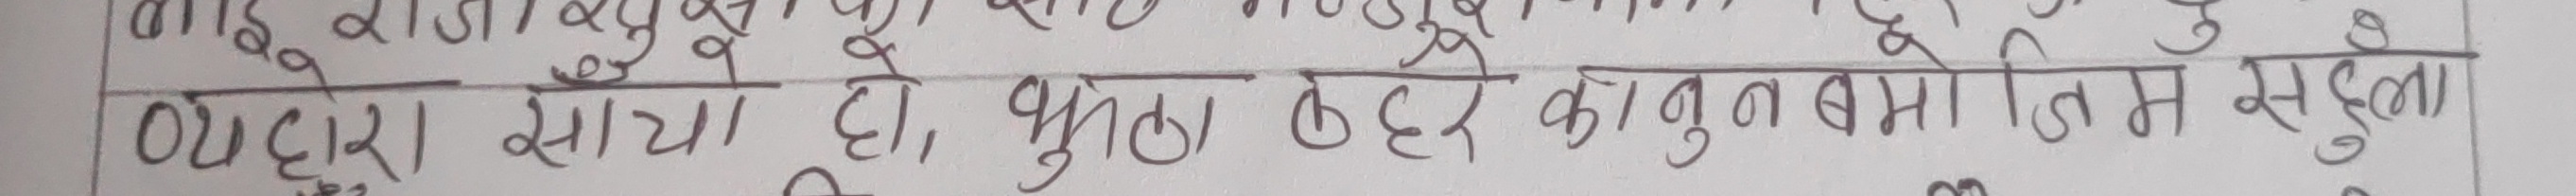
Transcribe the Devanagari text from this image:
०१द्वारा सायो हो, भुठा ठहरेका कुनुबमा तिम सद्‌ला